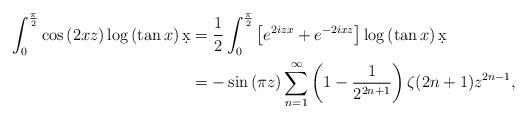
LaTeX: \begin{align*}\int_0^{\frac{\pi}{2}} \cos\left( 2xz \right) \log\left( \tan x \right) \d x &= \frac12 \int_0^{\frac{\pi}{2}} \left[e^{2izx}+e^{-2ixz}\right] \log\left( \tan x \right) \d x \\ &= -\sin\left( \pi z \right) \sum_{n=1}^{\infty} \left( 1 - \frac{1}{2^{2n+1}} \right)\zeta(2n+1) z^{2n-1},\end{align*}